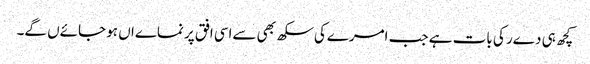
کچھ ہی دےر کی بات ہے جب امرےکی سکھ بھی سےاسی افق پر نماےاں ہو جائےں گے۔